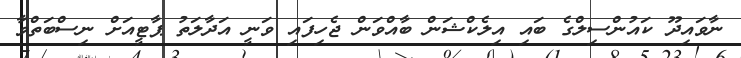
ނާވައިދޫ ކައުންސިލްގެ ބައި އިލެކްޝަން ބާއްވަން ޖެހިފައި ވަނީ އަދާލަތު ޕާޓީއަށް ނިސްބަތްވާ